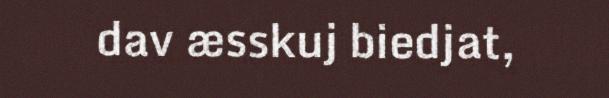
dav æsskuj biedjat,